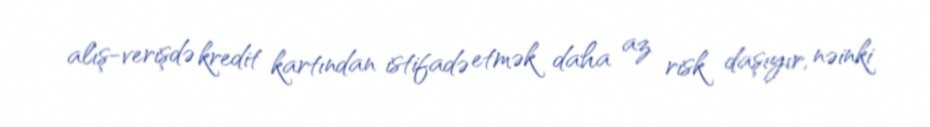
alış-verişdə kredit kartından istifadə etmək daha az risk daşıyır, nəinki